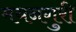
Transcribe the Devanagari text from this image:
मयनगुरी